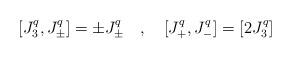
\begin{align*}[ J^{q}_{3}, J_{\pm}^{q}] = \pm J^{q}_{\pm} \quad , \quad [J_{+}^{q}, J_{-} ^{q}] =[2 J_{3}^{q}]\end{align*}